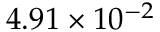
4 . 9 1 \times 1 0 ^ { - 2 }